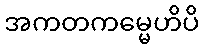
အကတကမ္မေဟိပိ